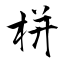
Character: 栟